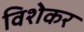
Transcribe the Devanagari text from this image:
विशेकर